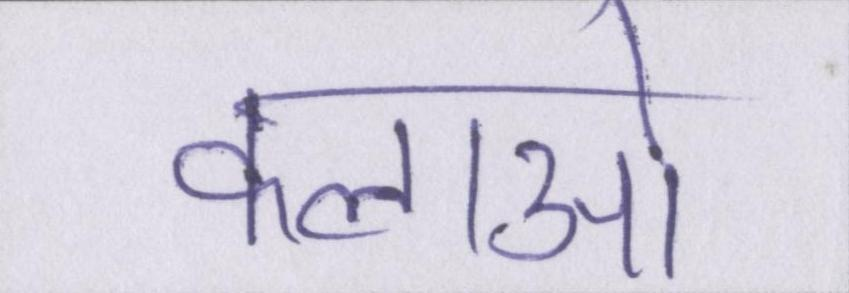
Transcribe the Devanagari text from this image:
कलाओ